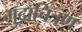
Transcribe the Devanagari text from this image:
मुद्राचित्रण